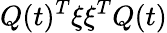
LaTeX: Q(t)^{T}\xi\xi^{T}Q(t)